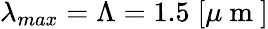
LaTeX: \lambda_{max}=\Lambda=1.5\; [\mu\mathrm{~m~}]